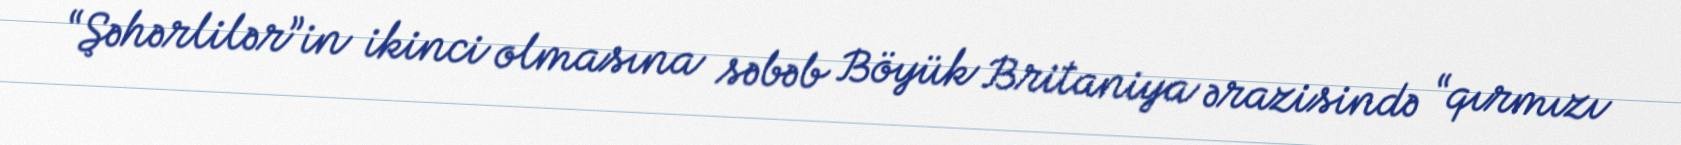
“Şəhərlilər”in ikinci olmasına səbəb Böyük Britaniya ərazisində “qırmızı